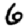
Digit: 6